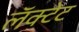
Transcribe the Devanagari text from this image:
लॅक्टेट